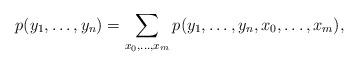
LaTeX: \begin{align*} p(y_1,\ldots,y_n) = \sum_{x_0,\ldots,x_m} p(y_1,\ldots,y_n,x_0,\ldots,x_m),\end{align*}